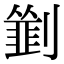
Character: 𠠃